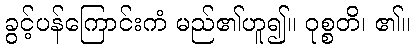
ခွင့်ပန်ကြောင်းကံ မည်၏ဟူ၍။ ဝုစ္စတိ၊ ၏။